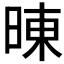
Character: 𰖍